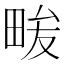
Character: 𭻒